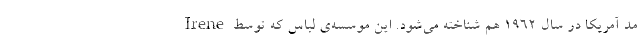
مد آمریکا در سال ۱۹۶۲ هم شناخته می‌شود. این موسسه‌ی لباس که توسط Irene